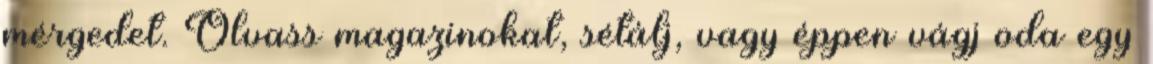
mérgedet. Olvass magazinokat, sétálj, vagy éppen vágj oda egy